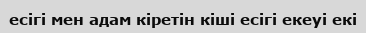
есігі мен адам кіретін кіші есігі екеуі екі